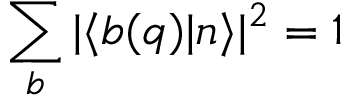
\sum _ { b } | \langle b ( q ) | n \rangle | ^ { 2 } = 1